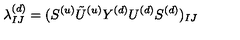
\lambda _ { I J } ^ { ( d ) } = ( S ^ { ( u ) } { \tilde { U } ^ { ( u ) } } Y ^ { ( d ) } U ^ { ( d ) } S ^ { ( d ) } ) _ { I J }